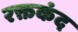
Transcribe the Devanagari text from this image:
रक्तकंद